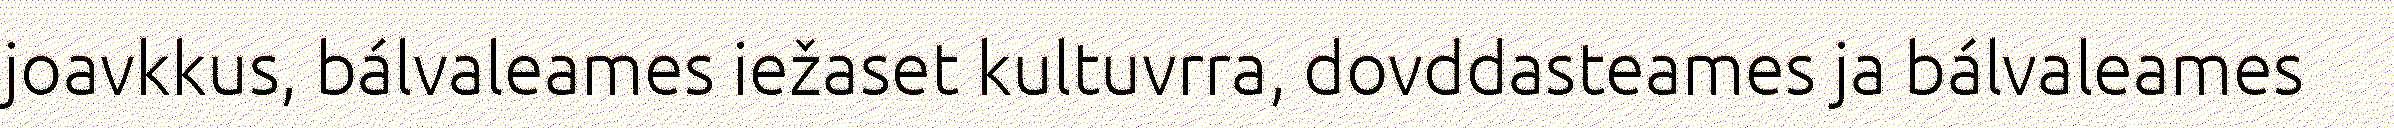
joavkkus, bálvaleames iežaset kultuvrra, dovddasteames ja bálvaleames